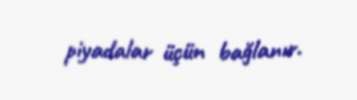
piyadalar üçün bağlanır.